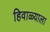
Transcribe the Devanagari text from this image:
हिवाळ्याला